65_HS1-834228961_62-HQ-83894_Section_4
Agency: FBI
Page 158
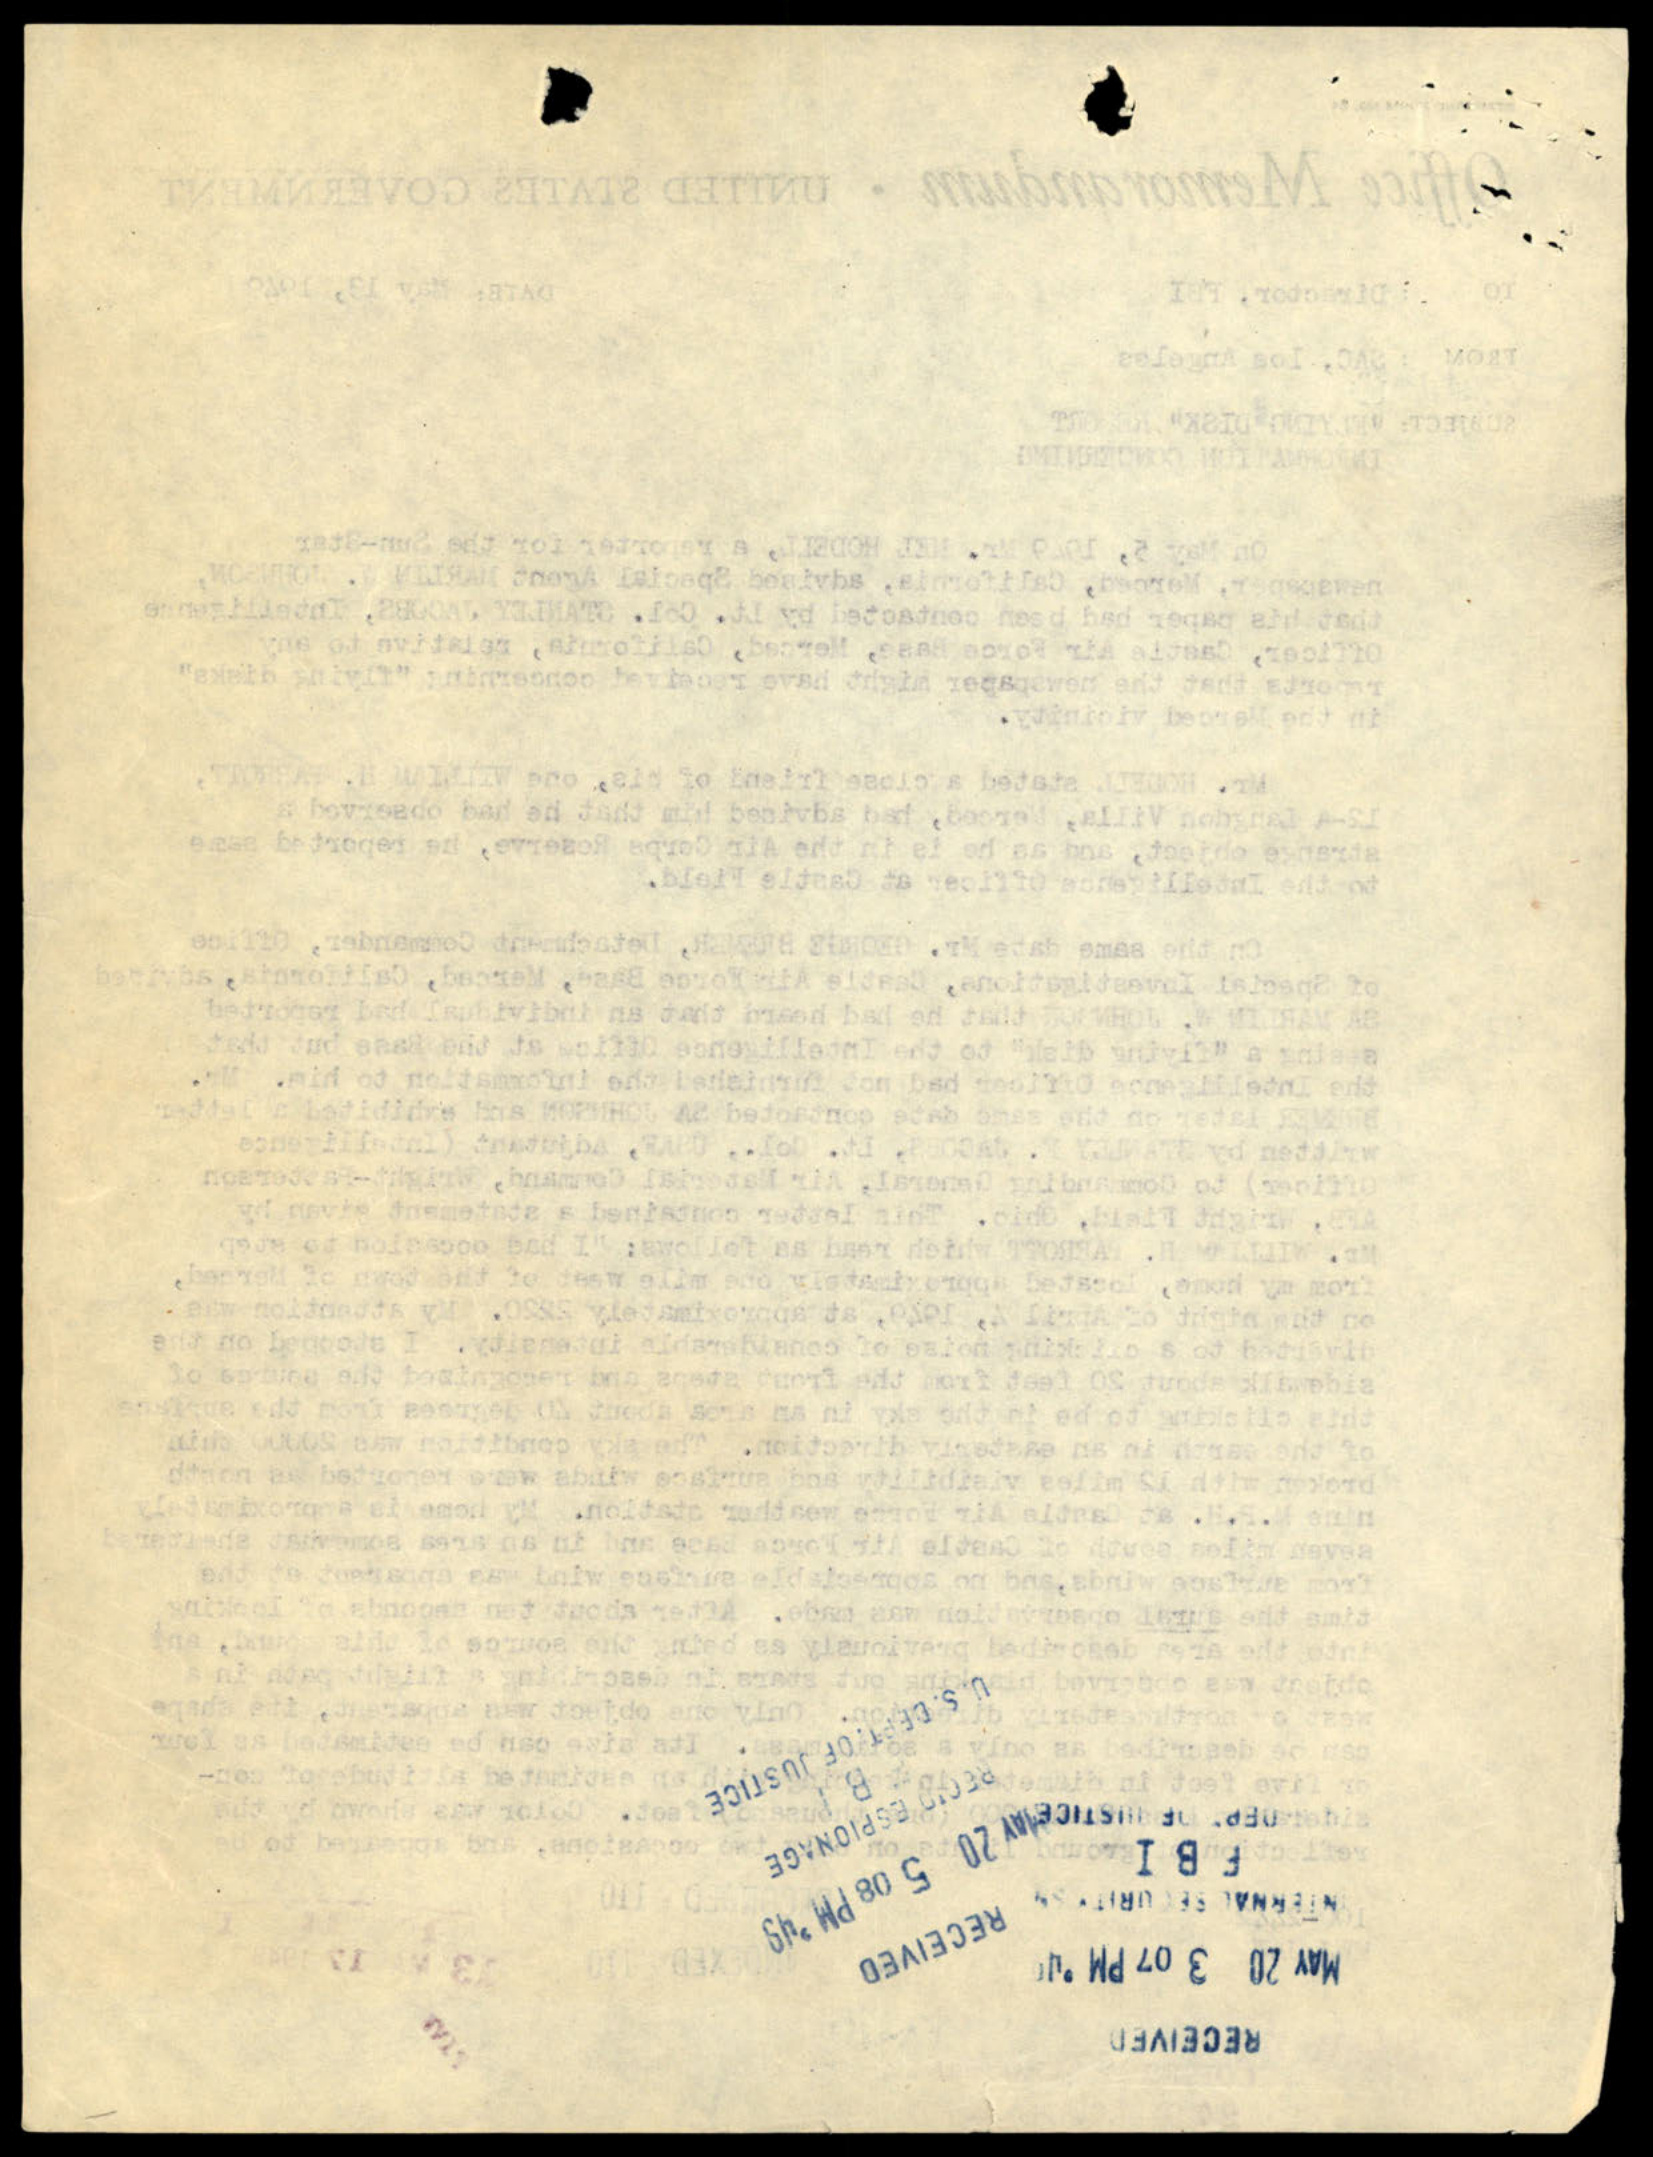